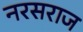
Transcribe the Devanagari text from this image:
नरसराज